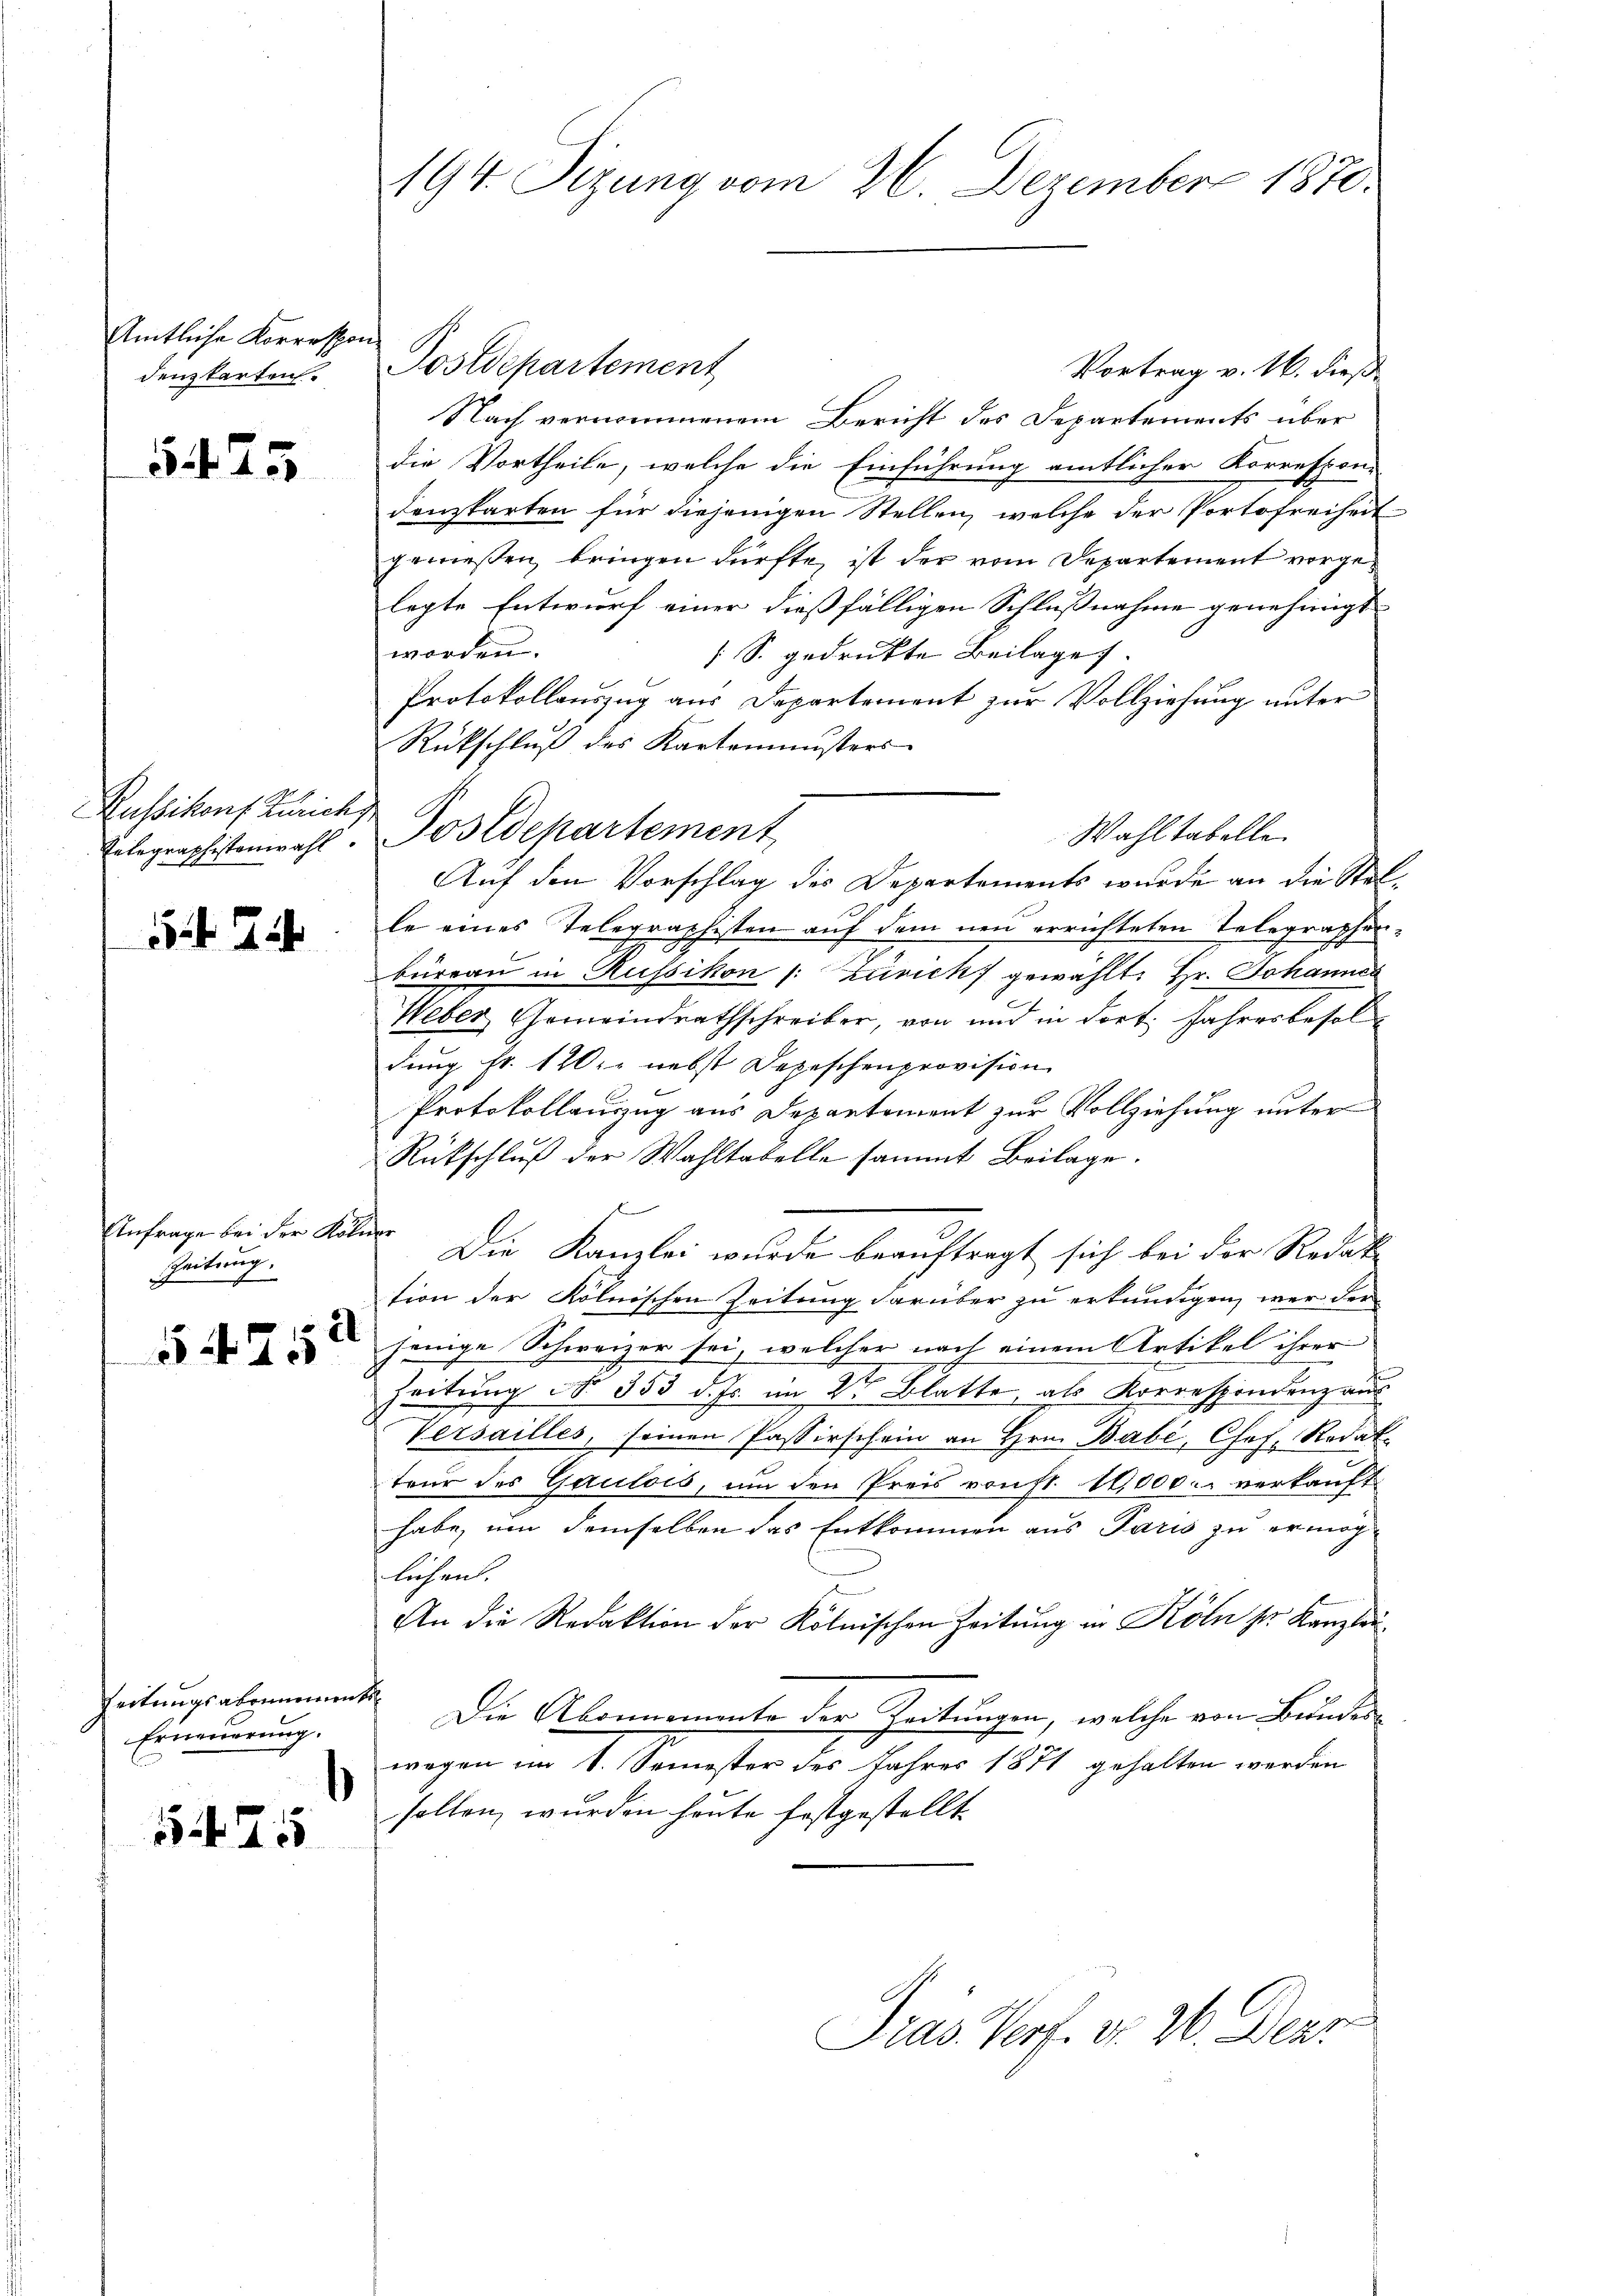
Amtliche Korrespon
denzkarten.

5475

Russikons Zürich

54. 24

Anfrage bei der Kölner
Zeitung.

2
5425

Leitungsabonnements
Erneuerung.

525

194. Sizung vom 26. Dezember 1870.

Postdepartemenz
Vortrag v. 16. dieß
Nach vernommenem Bericht des Departements über
die Vortheile, welche die Einführung amtlicher Korrespon-
denzkarten für diejenigen Stellen, welche der Portofreiheit
geniessen, bringen dürfte, ist der vom Departement vorgelegte Entwurf einer dießfälligen Schlußnahme genehmigt
worden.
/S. gedruckte Beilage.
Protokollauszug aus Departement zur Vollziehung unter
Rückschluß des Kartemensters
Wahl tabelle
Auf den Vorschlag des Departements wurde an die Stelle eines Telegraphisten auf dem neu errichteten Telegraphen-
büreau in Russikon (: Zürich gewählt: Hr. Johannes
Weber Gemeindrathschreiber, von und in dort. Jahresbesoldung Fr. 120 r nebst Depeschenprovision
Protokollauzug aus Departement zur Vollziehung unter
Rückschluß der Wahltabelle sammt Beilage.
Die Kanzlei wurde beauftragt sich bei der Redak
tion der Kölnischen Zeitung darüber zu erkundigen, wer der
jenige Schweizer sei, welcher nach einem Artikel ihrer
Zeitung No. 353 d. Js. im 2ten Blatte, als Korrespondenz aus
Versailles, seinen Passirschein an Hrn. Babi, Chef, Redak-
teur des Gaulois, um den Preis von fl. 10,000. verkauft.
habe, um demselben das Entkommen aus Paris zu ermöglichen.
An die Redaktion der Kölnischen Zeitung in Köln Sr. Kanzlei¬
Die Abonnemente der Zeitungen, welche von Bundeswegen im 1. Semester des Jahres 1871 gehalten werden
sollen, wurden heute festgestellt.

Telegraphistenwahl. Postdepartement

Pras Verf. v. 26. Derr